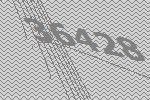
36428